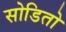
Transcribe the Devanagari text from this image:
सोडितो